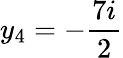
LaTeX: y_{4}=-\frac{7i}{2}